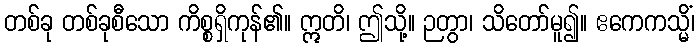
တစ်ခု တစ်ခုစီသော ကိစ္စရှိကုန်၏။ ဣတိ၊ ဤသို့။ ဉတွာ၊ သိတော်မူ၍။ ဧကေကသ္မိံ၊